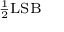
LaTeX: \scriptstyle { \frac { 1 } { 2 } } \mathrm { L S B }